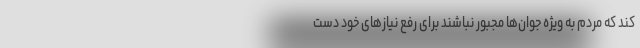
کند که مردم به ویژه جوان‌ها مجبور نباشند برای رفع نیازهای خود دست